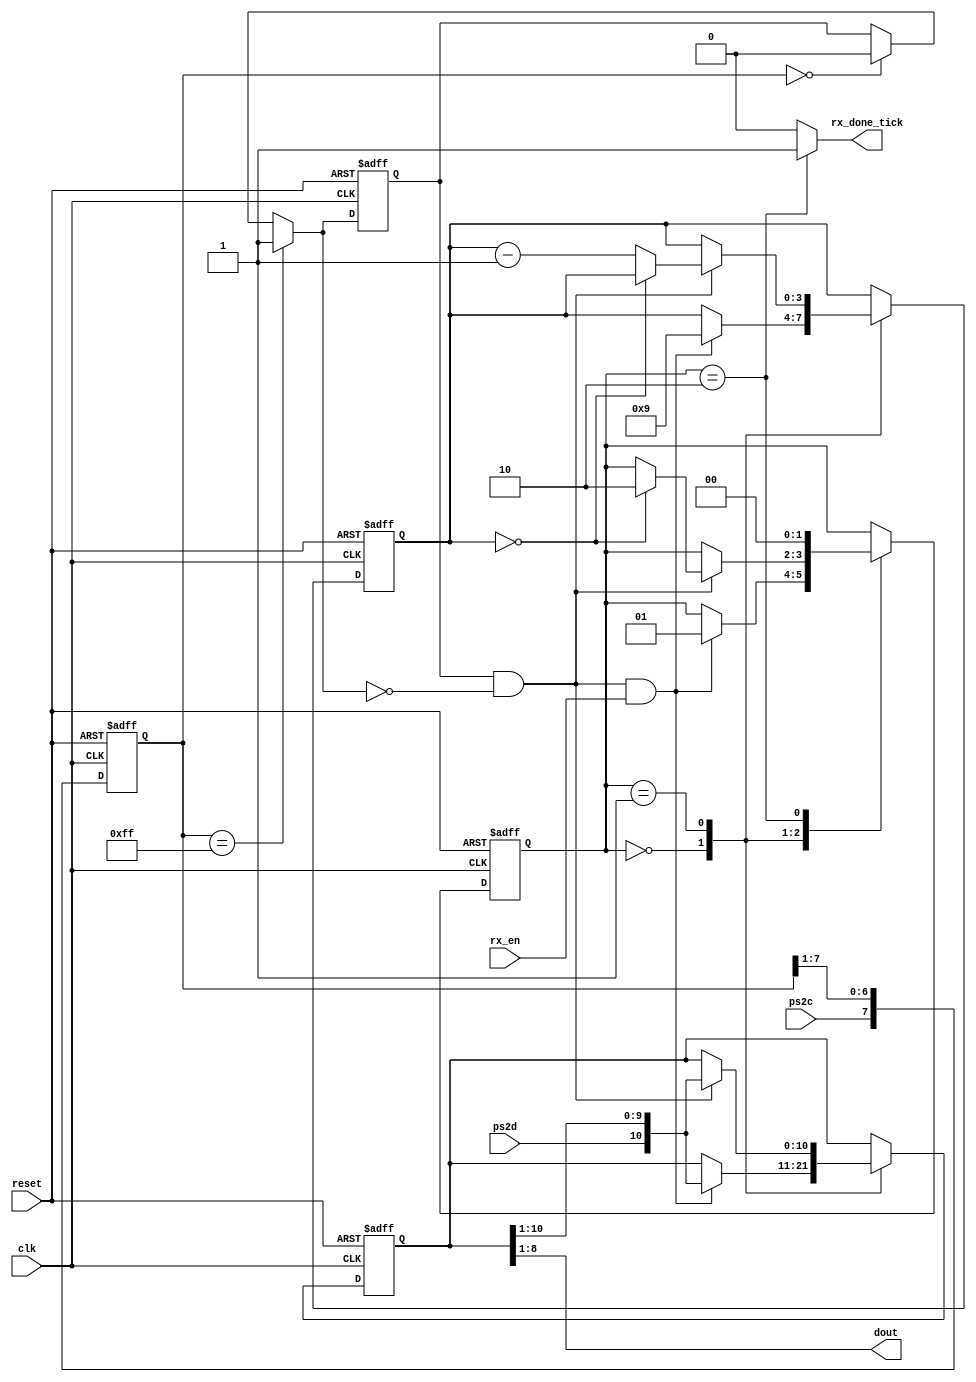
//Listing 9.1
module ps2_rx
   (
    input wire clk, reset,
    input wire ps2d, ps2c, rx_en,
    output reg rx_done_tick,
    output wire [7:0] dout
   );

   // symbolic state declaration
   localparam [1:0]
      idle = 2'b00,
      dps  = 2'b01,
      load = 2'b10;

   // signal declaration
   reg [1:0] state_reg, state_next;
   reg [7:0] filter_reg;
   wire [7:0] filter_next;
   reg f_ps2c_reg;
   wire f_ps2c_next;
   reg [3:0] n_reg, n_next;
   reg [10:0] b_reg, b_next;
   wire fall_edge;

   // body
   //=================================================
   // filter and falling-edge tick generation for ps2c
   //=================================================
   always @(posedge clk, posedge reset)
   if (reset)
      begin
         filter_reg <= 0;
         f_ps2c_reg <= 0;
      end
   else
      begin
         filter_reg <= filter_next;
         f_ps2c_reg <= f_ps2c_next;
      end

   assign filter_next = {ps2c, filter_reg[7:1]};
   assign f_ps2c_next = (filter_reg==8'b11111111) ? 1'b1 :
                        (filter_reg==8'b00000000) ? 1'b0 :
                         f_ps2c_reg;
			//it filters out the noise that the circuit can create
			//
   assign fall_edge = f_ps2c_reg & ~f_ps2c_next;

   //=================================================
   // FSMD //finite state machine with datapath
   //=================================================
   // FSMD state & data registers
   always @(posedge clk, posedge reset)
      if (reset)
         begin
            state_reg <= idle;
            n_reg <= 0;
            b_reg <= 0;
         end
      else
         begin
            state_reg <= state_next;
            n_reg <= n_next;
            b_reg <= b_next;
         end
   // FSMD next-state logic
   always @*
   begin
      state_next = state_reg;
      rx_done_tick = 1'b0;
      n_next = n_reg;
      b_next = b_reg;
      case (state_reg)
         idle:
            if (fall_edge & rx_en) //rx_en is always on
               begin
                  // shift in start bit
                  b_next = {ps2d, b_reg[10:1]};
                  n_next = 4'b1001;
                  state_next = dps;
               end
         dps: // 8 data + 1 parity + 1 stop
            if (fall_edge)
               begin
                  b_next = {ps2d, b_reg[10:1]};
                  if (n_reg==0)
                     state_next = load;
                  else
                     n_next = n_reg - 1;
               end
         load: // 1 extra clock to complete the last shift
            begin
               state_next = idle;
               rx_done_tick = 1'b1;
            end
      endcase
   end
   // output
   assign dout = b_reg[8:1]; // data bits

endmodule